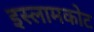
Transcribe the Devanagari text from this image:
इस्लामकोट